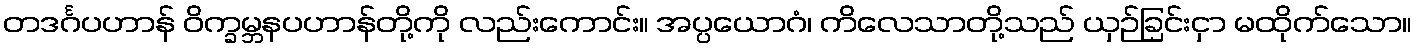
တဒင်္ဂပဟာန် ဝိက္ခမ္ဘနပဟာန်တို့ကို လည်းကောင်း။ အပ္ပယောဂံ၊ ကိလေသာတို့သည် ယှဉ်ခြင်းငှာ မထိုက်သော။